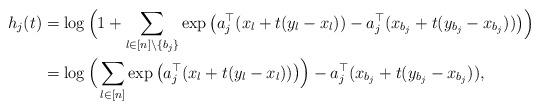
LaTeX: \begin{align*}h_j(t)&=\log\Big(1+\sum_{l\in[n]\setminus\{b_j\}}\exp\big(a_j^\top (x_l+t(y_l-x_l))-a_j^\top (x_{b_j}+t(y_{b_j}-x_{b_j}))\big)\Big)\\&=\log\Big(\sum_{l\in[n]}\exp\big(a_j^\top (x_l+t(y_l-x_l))\big)\Big)-a_j^\top (x_{b_j}+t(y_{b_j}-x_{b_j})),\end{align*}